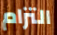
التزام